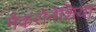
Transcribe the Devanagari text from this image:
मैकरोनेशिया